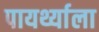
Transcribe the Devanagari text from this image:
पायर्थ्याला